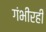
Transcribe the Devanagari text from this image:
गंभीरही